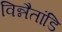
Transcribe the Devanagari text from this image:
विन्नैतांडि